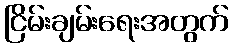
ငြိမ်းချမ်းရေးအတွက်